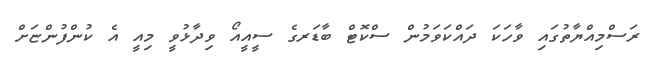
ރަސްމިއްޔާތުގައި ވާހަކަ ދައްކަވަމުން ސްކޮޓް ބާޑަރގެ ސީއީއޯ ވިދާޅުވީ މިއީ އެ ކުންފުންޏަށް